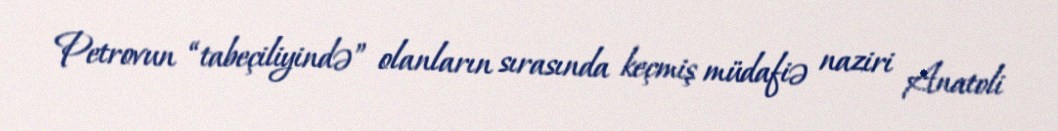
Petrovun “tabeçiliyində” olanların sırasında keçmiş müdafiə naziri Anatoli